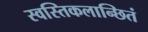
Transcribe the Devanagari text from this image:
स्वस्तिकलान्छितं